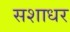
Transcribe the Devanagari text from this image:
सशाधर